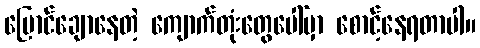
ပြောင်ချောနေတဲ့ ကျောက်တုံးတွေပေါ်မှာ စောင့်နေရတာပါ။